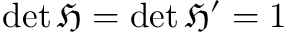
\operatorname* { d e t } { \mathfrak { H } } = \operatorname* { d e t } { \mathfrak { H } } ^ { \prime } = 1